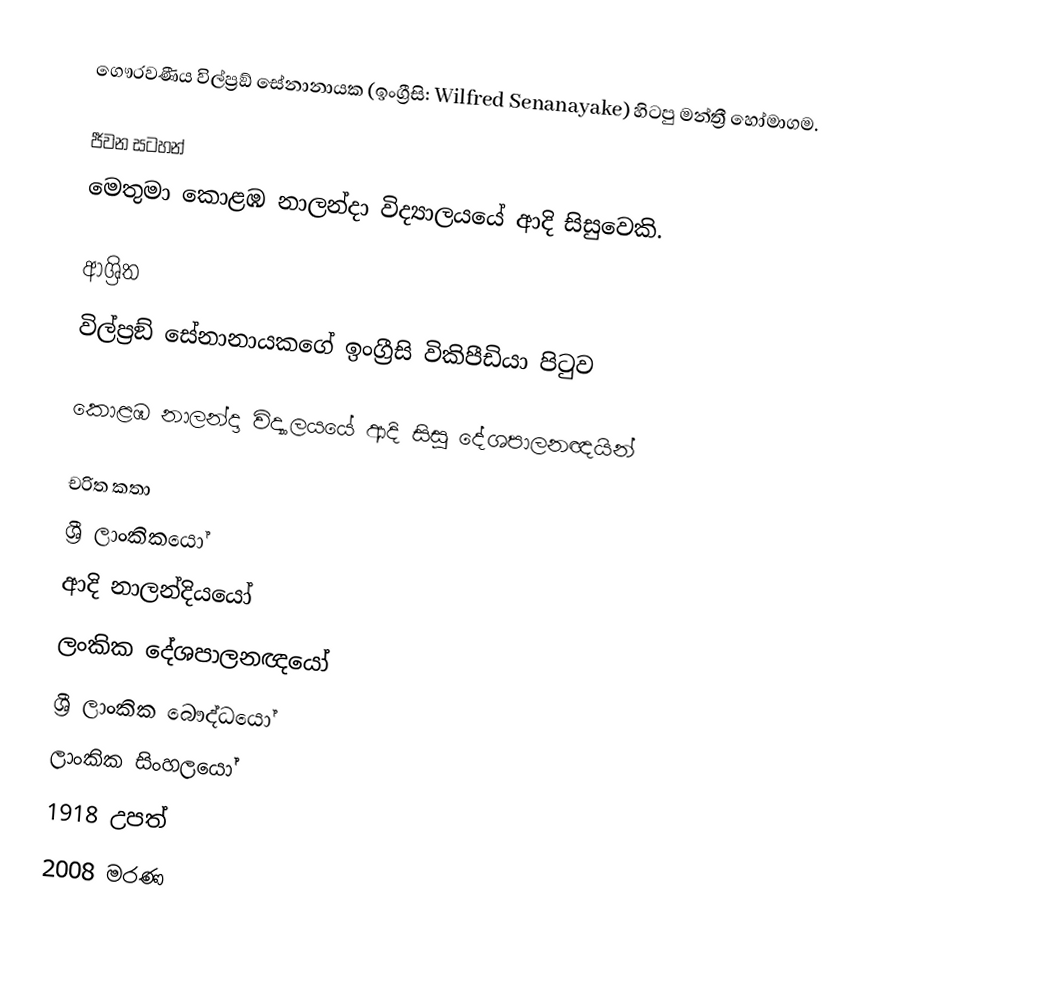
ගෞරවණීය  විල්ප්‍රඞ් සේනානායක  (ඉංග්‍රීසි: Wilfred Senanayake) හිටපු මන්ත්‍රී හෝමාගම.

ජීවන සටහන්
මෙතුමා  කොළඹ නාලන්දා විද්‍යාලයයේ ආදි සිසුවෙකි.

ආශ්‍රිත
විල්ප්‍රඞ් සේනානායකගේ ඉංග්‍රීසි විකිපීඩියා පිටුව

කොළඹ නාලන්දා විද්‍යාලයයේ ආදි සිසු දේශපාලනඥයින්

චරිත කතා
ශ්‍රී ලාංකිකයෝ
ආදි නාලන්දියයෝ
ලංකික දේශපාලනඥයෝ
ශ්‍රී ලාංකික බෞද්ධයෝ
ලාංකික සිංහලයෝ
1918 උපත්
2008 මරණ